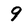
Character: 9